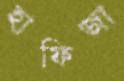
হাফিজা